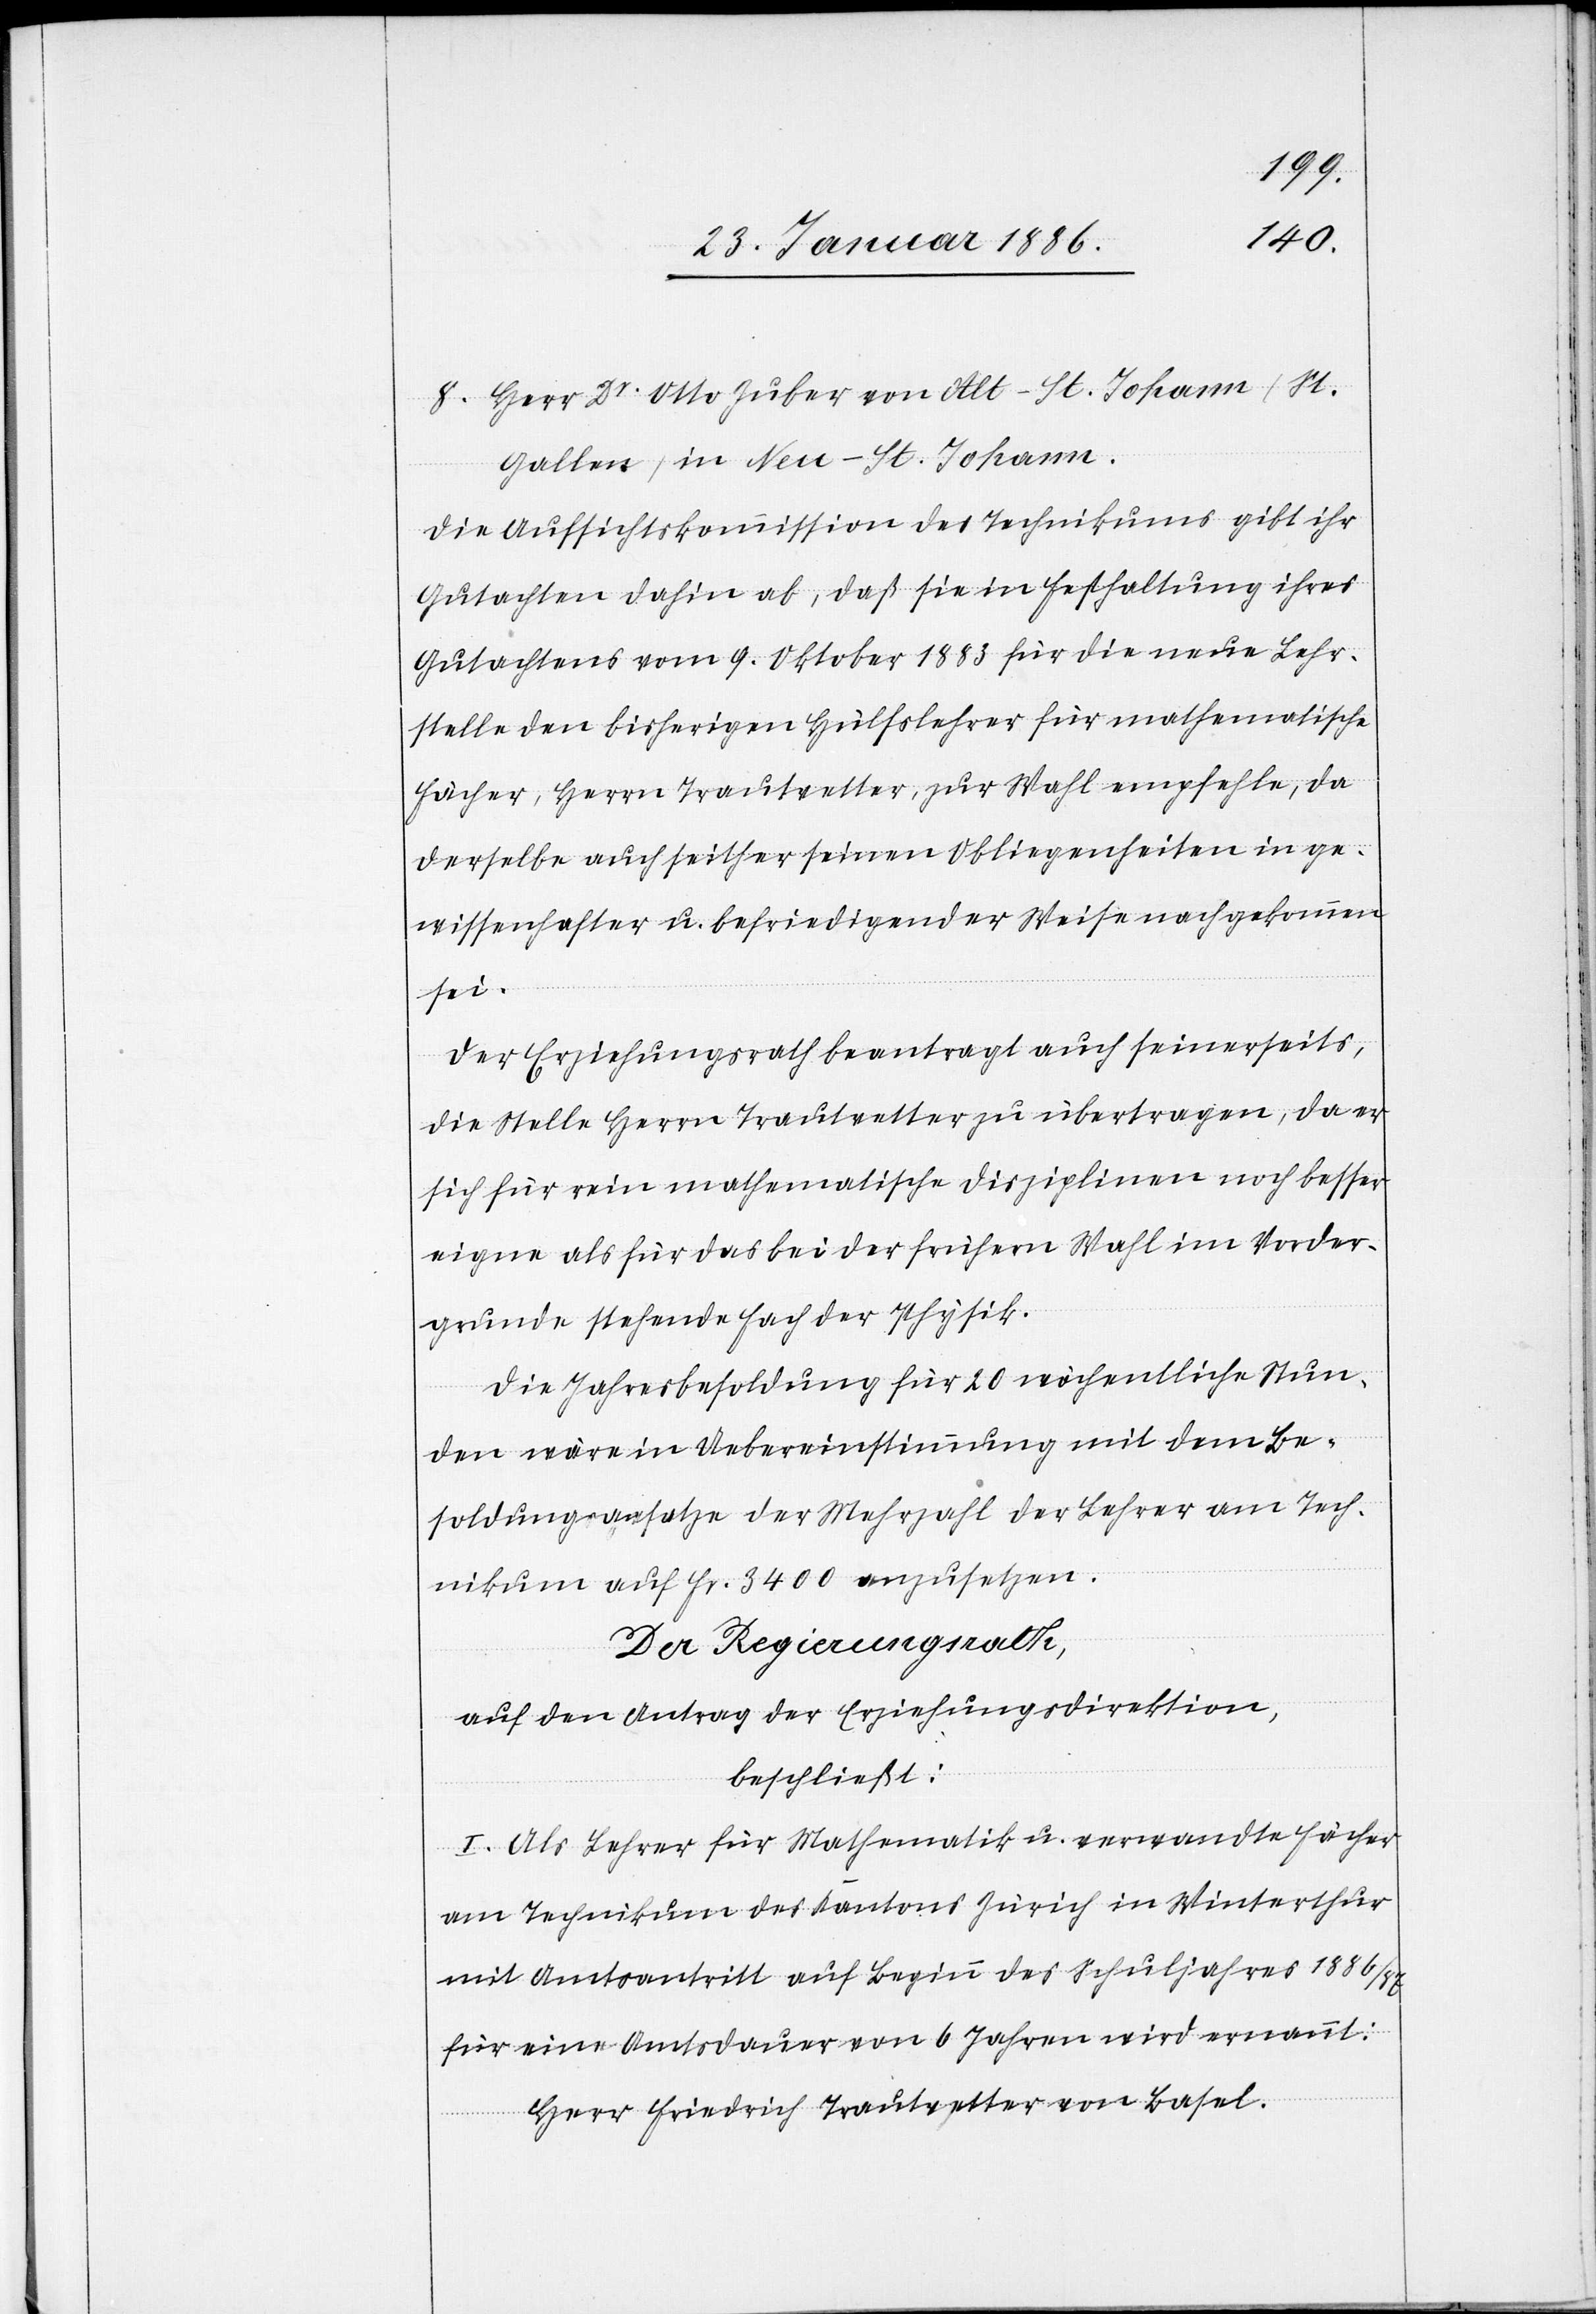
Gallen) in Neu-St. Johann.
Die Aufsichtskommission des Technikums gibt ihr
Gutachten dahin ab, daß sie in Festhaltung ihres
Gutachtens vom 9. Oktober 1883 für die neue Lehr¬
stelle den bisherigen Hülfslehrer für mathematische
Fächer, Herrn Trautwetter, zur Wahl empfehle, da
derselbe auch seither seinen Obliegenheiten in ge¬
wissenhafter u. befriedigender Weise nachgekommen
sei.
Der Erziehungsrath beantragt auch seinerseits,
die Stelle Herrn Trautwetter zu übertragen, da er
sich für rein mathematische Disziplinen noch besser
eigne als für das bei der frühern Wahl im Vorder¬
grund stehende Fach der Physik.
Die Jahresbesoldung für 20 wöchentliche Stun¬
den wäre in Uebereinstimmung mit dem Be¬
soldungsgesetze der Mehrzahl der Lehrer am Tech¬
nikum auf Fr. 3400 anzusetzen.
Der Regierungsrath,
auf den Antrag der Erziehungsdirektion,
beschließt:
I. Als Lehrer für Mathematik u. verwandte Fächer
am Technikum des Kantons Zürich in Winterthur
mit Amtsantritt auf Beginn des Schuljahres 1886/87
für eine Amtsdauer von 6 Jahren wird ernannt:
Herr Friedrich Trautwetter von Basel.